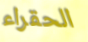
الحقراء